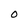
Character: O